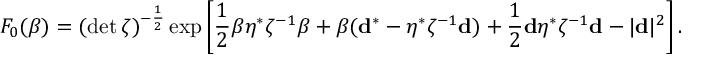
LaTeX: { \cal F } _ { 0 } ( \beta ) = ( \operatorname * { d e t } \zeta ) ^ { - \frac 1 2 } \exp \left[ \frac 1 2 \beta \eta ^ { * } \zeta ^ { - 1 } \beta + \beta ( { \bf d } ^ { * } - \eta ^ { * } \zeta ^ { - 1 } { \bf d } ) + \frac 1 2 { \bf d } \eta ^ { * } \zeta ^ { - 1 } { \bf d } - | { \bf d } | ^ { 2 } \right] .